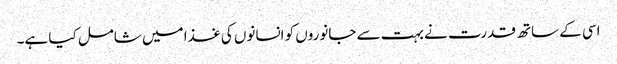
اسی کے ساتھ قدرت نے بہت سے جانوروں کو انسانوں کی غذا میں شامل کیا ہے۔